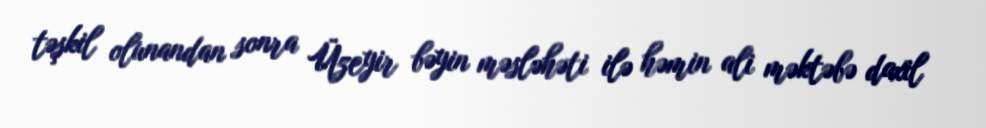
təşkil olunandan sonra Üzeyir bəyin məsləhəti ilə həmin ali məktəbə daxil